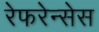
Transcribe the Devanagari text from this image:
रेफरेन्सेस